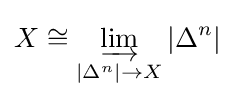
X\cong \varinjlim _{|\Delta ^{n}|\rightarrow X}|\Delta ^{n}|